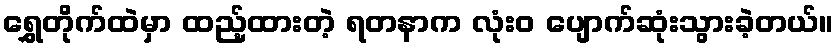
ရွှေတိုက်ထဲမှာ ထည့်ထားတဲ့ ရတနာက လုံးဝ ပျောက်ဆုံးသွားခဲ့တယ်။